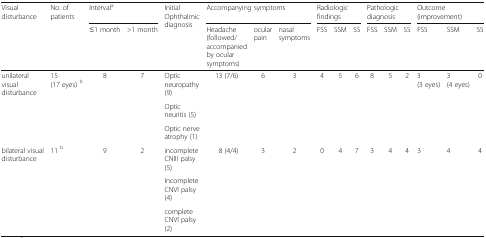
<table><thead><tr><td rowspan="2"><b>Visual disturbance</b></td><td rowspan="2"><b>No. of patients</b></td><td colspan="2"><b>Interval<sup>a</sup></b></td><td rowspan="2"><b>Initial Ophthalmic diagnosis</b></td><td colspan="3"><b>Accompanying symptoms</b></td><td colspan="3"><b>Radiologic findings</b></td><td colspan="3"><b>Pathologic diagnosis</b></td><td colspan="3"><b>Outcome (improvement)</b></td></tr><tr><td><b>≤1 month</b></td><td><b>&gt;1 month</b></td><td><b>Headache (followed/accompanied by ocular symptoms)</b></td><td><b>ocular pain</b></td><td><b>nasal symptoms</b></td><td><b>FSS</b></td><td><b>SSM</b></td><td><b>SS</b></td><td><b>FSS</b></td><td><b>SSM</b></td><td><b>SS</b></td><td><b>FSS</b></td><td><b>SSM</b></td><td><b>SS</b></td></tr></thead><tbody><tr><td rowspan="3">unilateral visual disturbance</td><td rowspan="3">15 (17 eyes) <sup>b</sup></td><td rowspan="3">8</td><td rowspan="3">7</td><td>Optic neuropathy (9)</td><td rowspan="3">13 (7/6)</td><td rowspan="3">6</td><td rowspan="3">3</td><td rowspan="3">4</td><td rowspan="3">5</td><td rowspan="3">6</td><td rowspan="3">8</td><td rowspan="3">5</td><td rowspan="3">2</td><td rowspan="3">3 (3 eyes)</td><td rowspan="3">3 (4 eyes)</td><td rowspan="3">0</td></tr><tr><td>Optic neuritis (5)</td></tr><tr><td>Optic nerve atrophy (1)</td></tr><tr><td rowspan="3">bilateral visual disturbance</td><td rowspan="3">11 <sup>b</sup></td><td rowspan="3">9</td><td rowspan="3">2</td><td>incomplete CNIII palsy (5)</td><td rowspan="3">8 (4/4)</td><td rowspan="3">3</td><td rowspan="3">2</td><td rowspan="3">0</td><td rowspan="3">4</td><td rowspan="3">7</td><td rowspan="3">3</td><td rowspan="3">4</td><td rowspan="3">4</td><td rowspan="3">3</td><td rowspan="3">4</td><td rowspan="3">4</td></tr><tr><td>Incomplete CNVI palsy (4)</td></tr><tr><td>complete CNVI palsy (2)</td></tr></tbody></table>